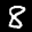
Label: 8